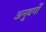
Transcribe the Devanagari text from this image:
अनुवर्गों